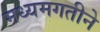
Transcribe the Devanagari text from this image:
मध्यमगतीने